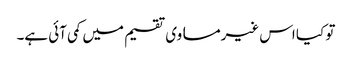
تو کیا اس غیرمساوی تقسیم میں کمی آئی ہے۔